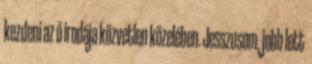
kezdeni az ő irodája közvetlen közelében. Jesszusom, jobb lett